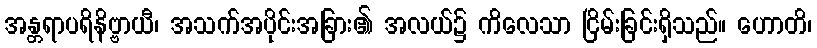
အန္တရာပရိနိဗ္ဗာယီ၊ အသက်အပိုင်းအခြား၏ အလယ်၌ ကိလေသာ ငြိမ်းခြင်းရှိသည်။ ဟောတိ၊